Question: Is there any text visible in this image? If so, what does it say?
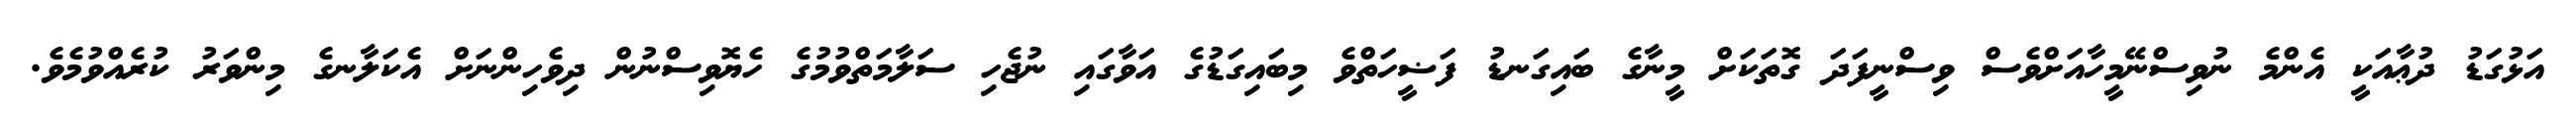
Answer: އަޅުގަޑު ދުޢާއަކީ އެންމެ ނުވިސްނޭމީހާއަށްވެސް ވިސްނީފަދަ ގޮތަކަށް މީނާގެ ބައިގަނޑު ފަޟީހަތްވެ މިބައިގަޑުގެ އަވާގައި ނުޖެހި ސަލާމަތްވުމުގެ ހެޔޮވިސްނުން ދިވެހިންނަށް އެކަލާނގެ މިންވަރު ކުރެއްވުމެވެ.